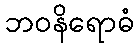
ဘဝနိရောဓံ